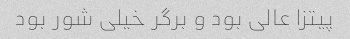
پیتزا عالی بود و برگر خیلی شور بود